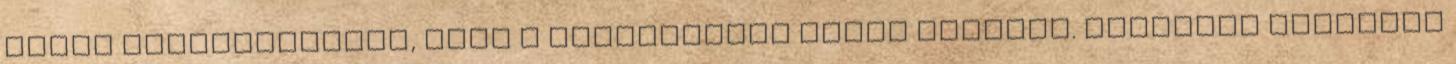
lehet megállapítani, hogy a sérüléseket mivel okozták. Egyaránt lehetett